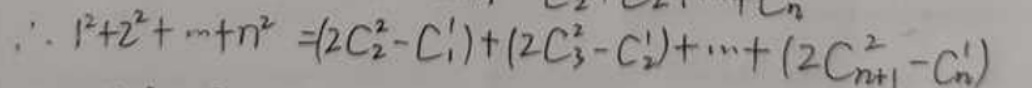
\(\therefore 1^{2}+2^{2}+\cdots +n^{2}=(2C_{2}^{2}-C_{1}^{1})+(2C_{3}^{2}-C_{2}^{1})+\cdots+(2C_{n + 1}^{2}-C_{n}^{1})\)